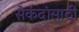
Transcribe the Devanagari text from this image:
सेकंदांसाठी